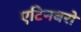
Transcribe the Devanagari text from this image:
एटिनबरो